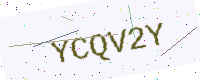
Text: YCQV2Y